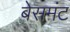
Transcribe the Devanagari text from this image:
बेसमंट